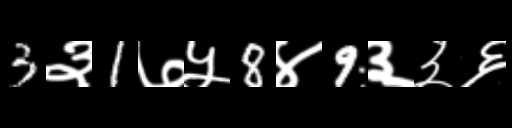
Text: 3३1७५8४9३३६